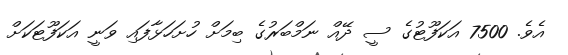
އެވެ. 7500 އަކަފޫޓުގެ ސީ ދޭއް ނަމްބަރުގެ ބިމަށް ހުށަހަޅާފައި ވަނީ އަކަފޫޓަކަށް